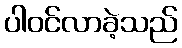
ပါဝင်လာခဲ့သည်